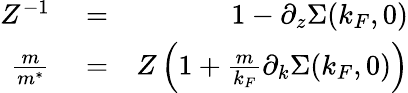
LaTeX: \begin{array}{rlr}{Z^{-1}}&{{}=}&{1-\partial_{z}\Sigma(k_{F},0)}\\ {\frac{m}{m^{*}}}&{{}=}&{Z\left(1+\frac{m}{k_{F}}\partial_{k}\Sigma(k_{F},0)\right)}\end{array}